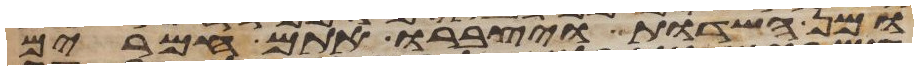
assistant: ומן השדות ויצברו אתם חמרים